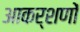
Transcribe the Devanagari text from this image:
आकर्शणों